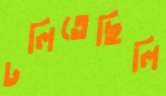
ঢলিতেছিলি